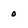
Character: 0